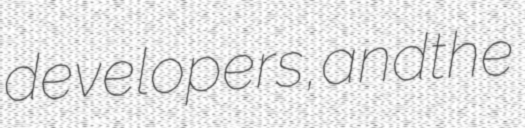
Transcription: developers, and the